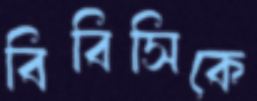
বিবিসিকে